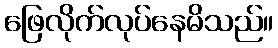
ဖြေလိုက်လုပ်နေမိသည်။